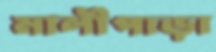
মালীপাড়া